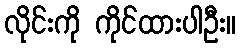
လိုင်းကို ကိုင်ထားပါဦး။